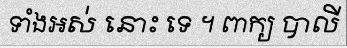
ទាំងអស់ នោះ ទេ ។ ពាក្យ បាលី